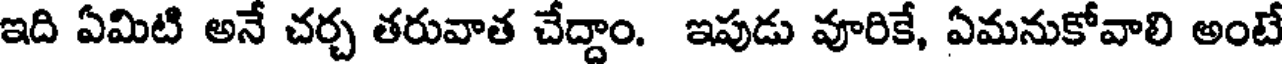
ఇది ఏమిటి అనే చర్చ తరువాత చేద్దాం. ఇపుడు వూరికే, ఏమనుకోవాలి అంటే